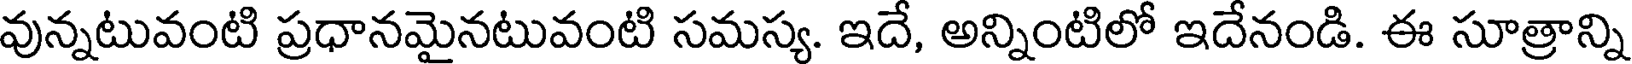
వున్నటువంటి ప్రధానమైనటువంటి సమస్య. ఇదే, అన్నింటిలో ఇదేనండి. ఈ సూత్రాన్ని